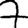
Digit: 7